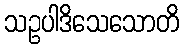
သဥပါဒိသေသောတိ